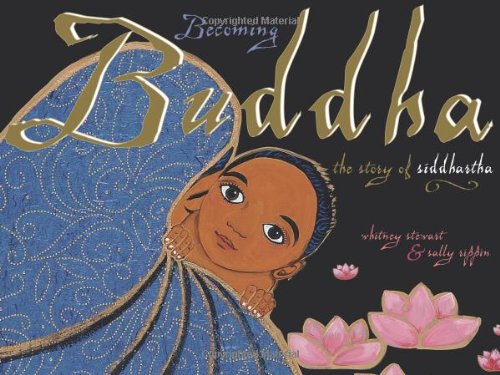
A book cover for Becoming Buddha: The Story of Siddhartha; Whitney Stewart; Children's Books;